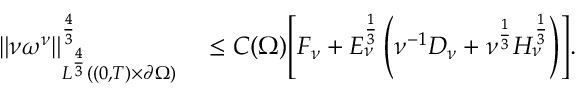
\begin{array} { r l } { \left\lVert \nu \omega ^ { \nu } \right\rVert _ { L ^ { \frac 4 3 } ( ( 0 , T ) \times \partial \Omega ) } ^ { \frac 4 3 } } & { { } \le C ( \Omega ) \Biggl [ F _ { \nu } + E _ { \nu } ^ { \frac 1 3 } \left( \nu ^ { - 1 } D _ { \nu } + \nu ^ { \frac 1 3 } H _ { \nu } ^ { \frac 1 3 } \right) \Biggr ] . } \end{array}